Report on sanitation, dispensaries, and jails in Rajputana for 1913, and on vaccination for the year 1913-1914 - 1913-1914
Year: 1913
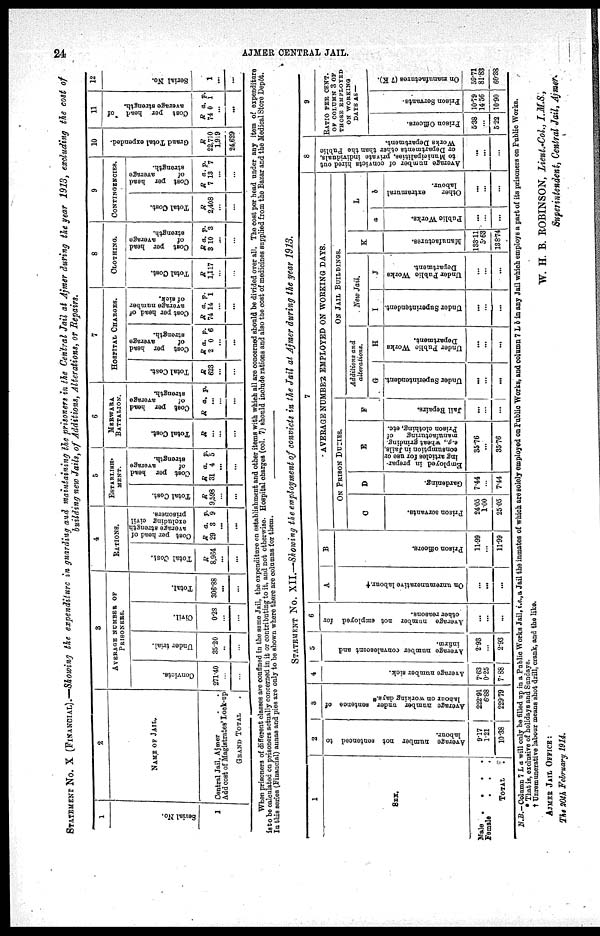
24
AJMER CENTRAL JAIL.
STATEMENT NO. X (FINANCIAL).— Showing the expenditure in guarding and maintaining the prisoners in the Central Jail at Ajmer during the year 1913, excluding the cost of
building new Jails, of Additions, Alterations, or Repairs.
1
Ser i al No.
1
2
NAME OF JAIL.
Central Jail, Ajmer . .
Add cost of Magistrates' Look-up
GRAND TOTAL .
3
AVERAGE NUMBER OF
PRISONERS.
Convicts.
271.40
...
...
Under trial.
35.20
...
...
Civil.
0.28
...
...
Total.
306.88
...
...
4
RATIONS.
Total Cost.
R
8,964
...
...
Cost per head of
average strength
excluding civil
prisoners.
R
29
a.
3
p.
9
...
...
5
ESTABLISH¬
MENT.
Total Cost.
R
9,598
...
...
Cost per head
of
average
strength.
R
31
a.
4
p.
5
...
...
6
MERWARA
BATTALION.
Total Cost
R
...
...
...
Cost per head
of
average
strength.
R a. p.
...
...
...
7
HOSPITAL CHARGES.
Total Cost.
R
623
...
...
Cost per head
of
average
strength.
R
2
a.
0
p.
6
...
...
Cost per head of
average number
of sick.
R
74
a.
14
p.
1
...
...
8
CLOTHING.
Total Cost.
R
1,117
...
...
Cost per head
of
average
strength.
R
3
a.
10
p.
3
...
...
9
CONTINGENCIES.
Total Cost.
R
2,408
...
...
Cost per head
of
average
strength.
R
7
a.
13
p.
7
...
...
10
Grand Total expended.
R
22,710
1,919
24,629
11
Cost per head of
average strength.
R
74
a.
0
p.
1
...
...
12
Serial No.
1
...
...
When prisoners of different classes are confined in the same Jail, the expenditure on establishment and other items with which all are concerned should be divided over all. The cost per head un
isto be calculated on prisoners actually concerned in it or contributing to it, and not otherwise. Hospital charges (col. 7) should include rations and also the cost of medicines supplied from the Bazar and the Medical Store Depôt.
In this series (Financial) annas and pies are only to be shown where there are columns for them.
STATEMENT No. XII.—Showing the employment of convicts in the Jail at Ajmer during the year 1913.
1
SEX.
Male . . . .
Female
.
.
.
TOTAL .
2
Average number not sentenced to
labour.
9.17
1.21
10.38
3
Average number under sentence of
labour on working days.*
222.91
6.88
229.79
4
Average number sick.
7.63
0.25
7.88
5
Average number convalescent and
infirm.
2.93
...
2.93
6
Average number not employed for
other reasons.
...
...
...
7
A
On unremunerative labour. †
...
...
...
B
Prison officers.
11.99
...
11.99
AVERAGE NUMBER EMPLOYED ON WORKING DATS.
ON PRISON DUTIES.
C
Prison servants.
24.05
1.00
25.05
D
Gardening.
7.44
...
7.44
E
Employed in prepar-
ing articles for use or
consumption in Jails,
e.g.,
wheat grinding
manufacturing of
Prison clothing, etc.
35.76
...
35.76
F
Jail Repairs.
...
...
...
ON JAIL BUILDINGS.
Additions and
alterations.
G
Under Superintendent
...
...
...
H
Under Public Works
Department.
...
...
...
New Jail.
I
Under Superintendent.
...
...
...
J
Under Public Works
Department
...
...
...
K
Manufactures.
133.11
5.68
138.74
L
a
Public Works.
...
...
...
b
Other
extramural
labour.
...
...
...
8
Average number of convicts hired out
to Municipalities, private individuals,
or Departments other than the Public
Works Department.
...
...
...
9
RATIO PER CENT.
OF COLUMN 3 OF
THOSE EMPLOYED
ON WORKING
DAYS AS —
Prison Officers.
5.38
...
5.22
Prison Servants.
10.79
14.56
10.90
On manufactures (7 K).
59.71
81.83
60.38
N.B.— Column 7 L a will only be filled up in a Public Works Jail, i.e., a Jail the inmates of which are solely employed on Public Works, and column 7 L b in any Jail which employs a part of its prisoners on Public Works.
* That is, exclusive of holidays and Sundays.
† Unremunerative labour means shot drill, crank, and the like.
W. H. B. ROBINSON, Lieut.-Col., I.M.S,
Superintendent, Central Jail, Ajmer.
AJMER JAIL OFFICE :
The 20th February 1914.